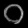
Digit: ၀